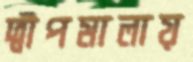
দ্বীপমালায়